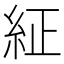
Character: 䋊